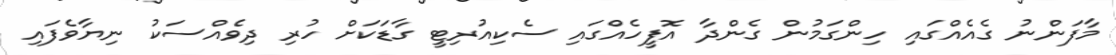
މާފަންނު ގެއެއްގައި ހިންގަމުން ގެންދާ އޮފީހެއްގައި ސެކިއުރިޓީ ގާޑަކަށް ހުރި ދިވެއްސަކު ނިޔާވެފައި